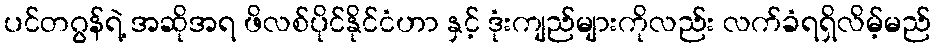
ပင်တဂွန်ရဲ့ အဆိုအရ ဖိလစ်ပိုင်နိုင်ငံဟာ နှင့် ဒုံးကျည်များကိုလည်း လက်ခံရရှိလိမ့်မည်